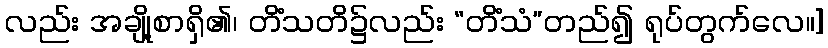
လည်း အချို့စာရှိ၏၊ တိံသတိ၌လည်း “တိံသံ”တည်၍ ရုပ်တွက်လေ။]